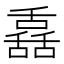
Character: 舙